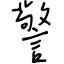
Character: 警